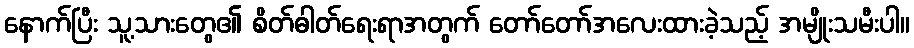
နောက်ပြီး သူ့သားတွေ၏ စိတ်ဓါတ်ရေးရာအတွက် တော်တော်အလေးထားခဲ့သည့် အမျိုးသမီးပါ။